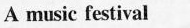
A music festival